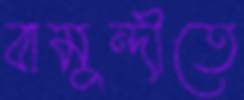
বামুন্দীতে